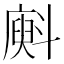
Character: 𱡨